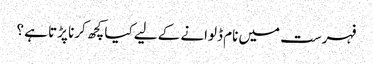
فہرست میں نام ڈلوانے کے لیے کیا کچھ کرنا پڑتا ہے ؟